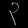
Digit: ၃